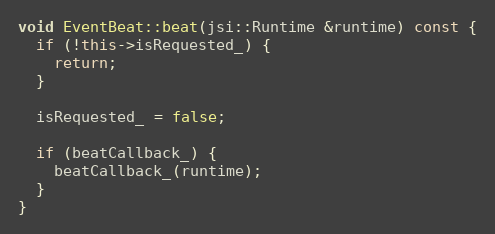
Language: C++
void EventBeat::beat(jsi::Runtime &runtime) const {
  if (!this->isRequested_) {
    return;
  }

  isRequested_ = false;

  if (beatCallback_) {
    beatCallback_(runtime);
  }
}